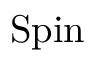
\operatorname { S p i n }